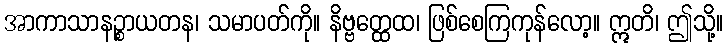
အာကာသာနဉ္စာယတန၊ သမာပတ်ကို။ နိဗ္ဗတ္ထေထ၊ ဖြစ်စေကြကုန်လော့။ ဣတိ၊ ဤသို့။